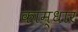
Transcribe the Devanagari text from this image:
काम्धार